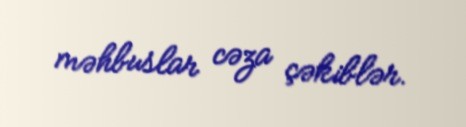
məhbuslar cəza çəkiblər.